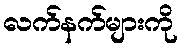
လက်နက်များကို